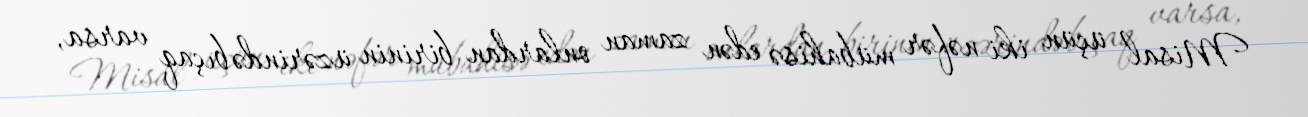
Misal üçün iki nəfər mübahisə edən zaman onlardan birinin üzərində bıçaq varsa,